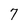
Character: 7